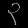
Digit: ၃